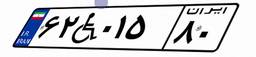
۶۲W۳۴۶۲۹